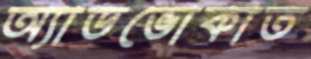
অ্যাডভোকাত